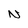
Character: N